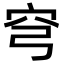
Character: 穹